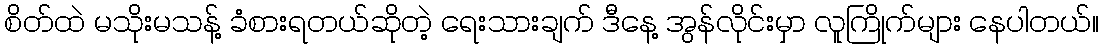
စိတ်ထဲ မသိုးမသန့် ခံစားရတယ်ဆိုတဲ့ ရေးသားချက် ဒီနေ့ အွန်လိုင်းမှာ လူကြိုက်များ နေပါတယ်။